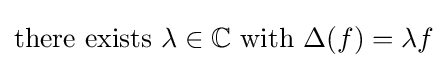
{\text{there exists }}\lambda \in \mathbb {C} {\text{ with }}\Delta (f)=\lambda f